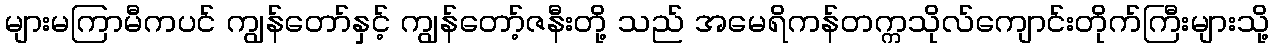
များမကြာမီကပင် ကျွန်တော်နှင့် ကျွန်တော့်ဇနီးတို့ သည် အမေရိကန်တက္ကသိုလ်ကျောင်းတိုက်ကြီးများသို့